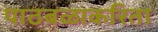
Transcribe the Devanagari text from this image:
पाठबळाकरिता